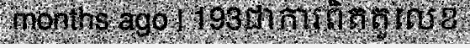
months ago | 193ជាការពិតតួលេខ